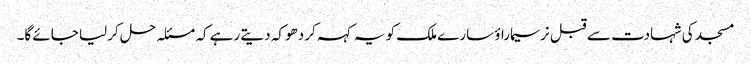
مسجد کی شہادت سے قبل نرسیماراؤ سارے ملک کو یہ کہہ کر دھوکہ دیتے رہے کہ مسئلہ حل کرلیا جائے گا۔